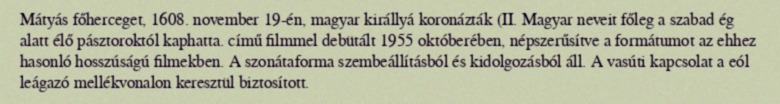
Mátyás főherceget, 1608. november 19-én, magyar királlyá koronázták (II. Magyar neveit főleg a szabad ég alatt élő pásztoroktól kaphatta. című filmmel debütált 1955 októberében, népszerűsítve a formátumot az ehhez hasonló hosszúságú filmekben. A szonátaforma szembeállításból és kidolgozásból áll. A vasúti kapcsolat a eól leágazó mellékvonalon keresztül biztosított.